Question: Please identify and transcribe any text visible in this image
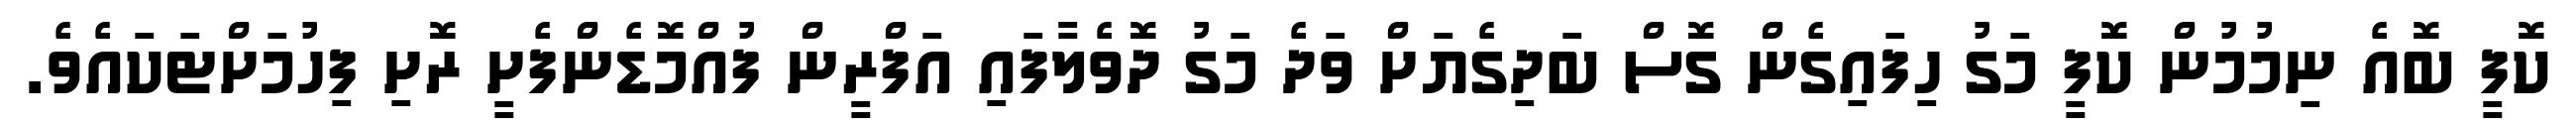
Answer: ކޮފީ ބޮއެ ނިމުމުން ކޮފީ މަގު ހިފައިގެން ގޮސް ބަދިގެޔަށް ވަދެ މަގު ދޮވެލާފައި އަފްރީން ފުއްމޮޑެންފެށީ ރޮށި ފިހުމަށްޓަކައެވެ.